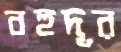
বহুদূর